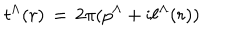
LaTeX: t ^ { \Lambda } ( r ) \, = \, 2 \pi ( p ^ { \Lambda } + \mathrm { i } \ell ^ { \Lambda } ( r ) )